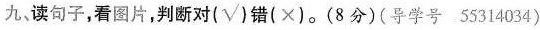
九、读句子,看图片,判断对(√)错(×).(8分)(导学号 55314934)